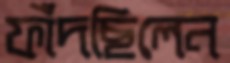
ফাঁদছিলেন